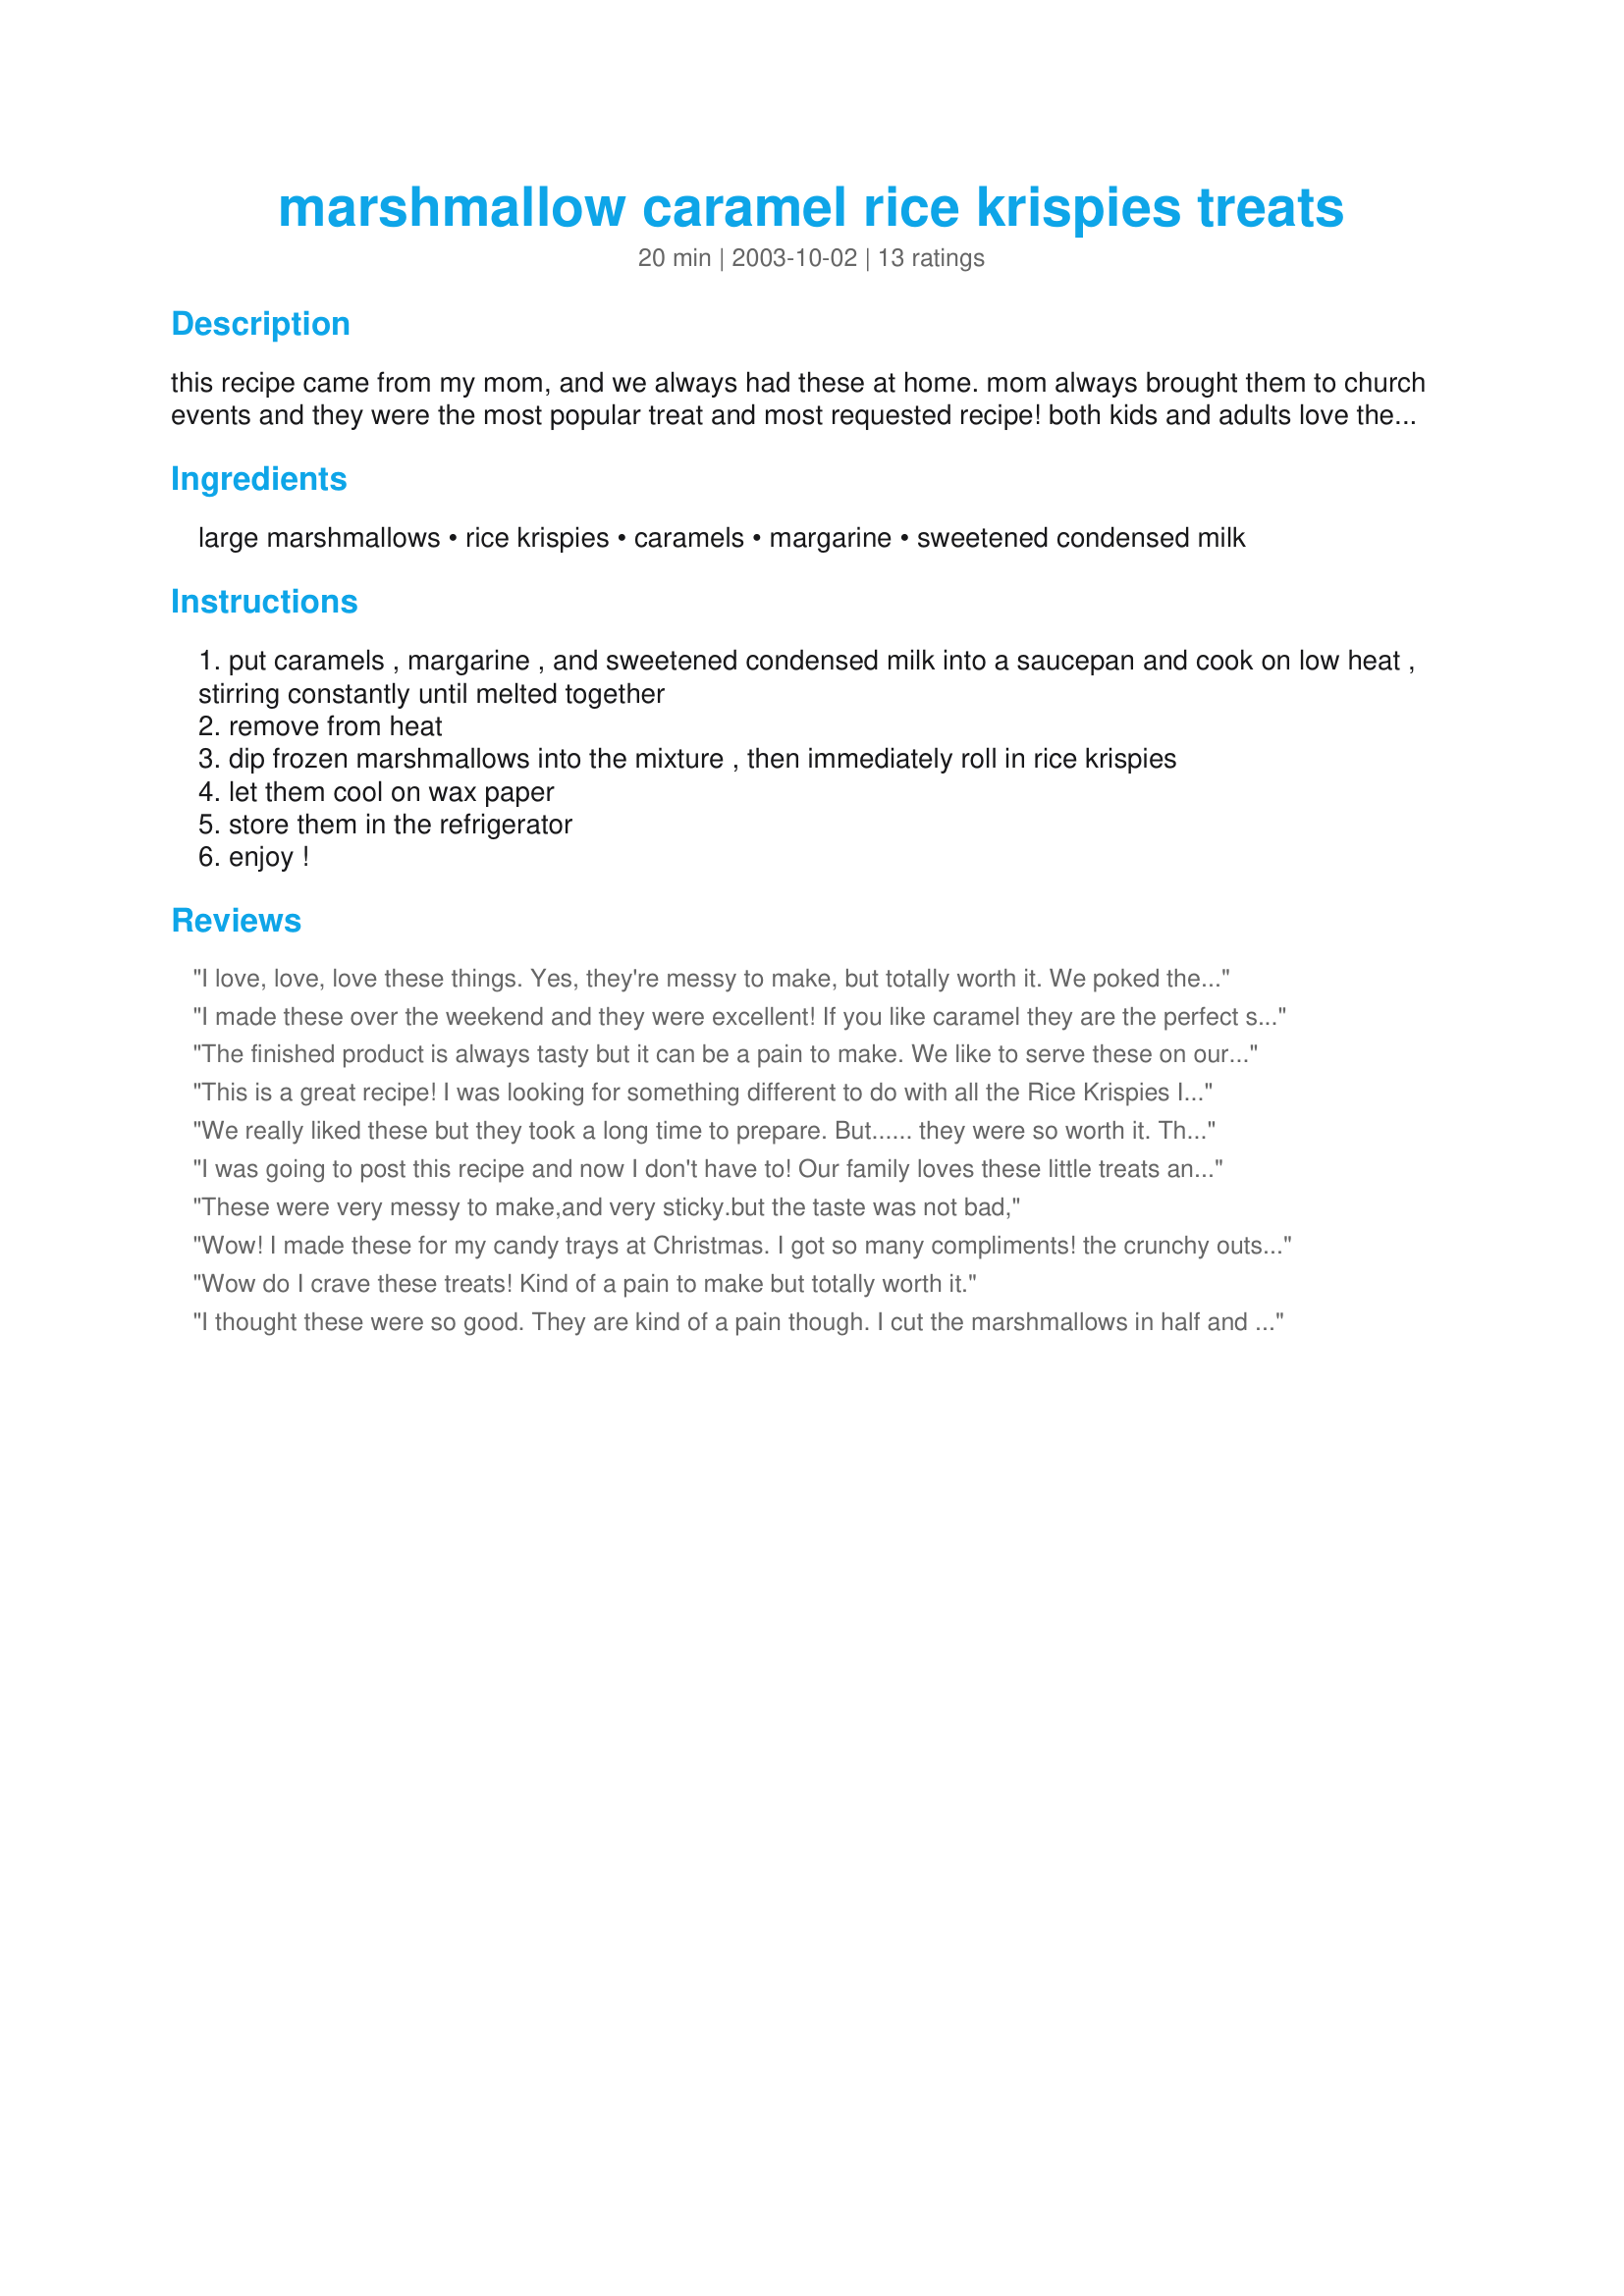
marshmallow caramel rice krispies treats
Preparation time: 20 minutes

this recipe came from my mom, and we always had these at home. mom always brought them to church events and they were the most popular treat and most requested recipe! both kids and adults love them! i'm not really sure how many this serves - how ever many marshmallows are in the bag!

Ingredients:
large marshmallows, rice krispies, caramels, margarine, sweetened condensed milk

Steps:
put caramels , margarine , and sweetened condensed milk into a saucepan and cook on low heat , stirring constantly until melted together
remove from heat
dip frozen marshmallows into the mixture , then immediately roll in rice krispies
let them cool on wax paper
store them in the refrigerator
enjoy !

Reviews:
I love, love, love these things. Yes, they're messy to make, but totally worth it. We poked the frozen marshmallows with skewers and then dipped them in the caramel and then the rice krispies. You could try spraying Pam on your hands to help with the mess. I didn't mind the mess, though. They are SO good!!
I made these over the weekend and they were excellent! If you like caramel they are the perfect snack. They were easy to make too, as long as you can stop eating the melted caramel to dip the marshmallows in!
The finished product is always tasty but it can be a pain to make. We like to serve these on our cookie trays around the holidays (but due to the 'stick factor' we don't give them as gifts).
This is a great recipe! I was looking for something different to do with all the Rice Krispies I had and decided to make these. My nieces and nephews loved them, and my room mate is begging me to make more. The only problem was that I ended up with a big bowl of cereal that had a lot of caramel sauce run-off in it. Next time I make these, I'll only use a couple of cups at a time and change it out when it gets clumpy. The clumpy cereal isn't a bad thing as it's fun to eat, but it seems to waste more cereal than necessary. Thanks for a great treat!
We really liked these but they took a long time to prepare. But...... they were so worth it. The combination of marshmallow and the caramel were out of this world. Add the crunch of the rice krispies and wow, instead delish. DD and I were talking and we want to add coconut to the krispies next time to try. Thank you for posting.
I was going to post this recipe and now I don't have to! Our family loves these little treats and they disappear very quickly. I normally make them using Mackintosh's Toffee instead of the caramels (this recipe would use 8 bars of toffee). They're definitely worth the mess and the sticky fingers!
These were very messy to make,and very sticky.but the taste was not bad,
Wow! I made these for my candy trays at Christmas. I got so many compliments! the crunchy outside and smooth marshmallow inside is sinful. Thanks for a great recipe!
Wow do I crave these treats! Kind of a pain to make but totally worth it.
I thought these were so good. They are kind of a pain though. I cut the marshmallows in half and used a skewer to dip them in the melted caramel. I used a knife to help push them off the skewer after rolling them in the rice krispies. This recipe makes a ton. Next time I'll just make half a batch.
I got this recipe from my Grandma. I absolutely LOVE these little treats. She taught me to cut the large marshmallows in half using wet scissors. It makes them more of a bite sized treat. I've never bothered to freeze the marshmallows before assembling. I think they are worth the effort. My kids and I have fun making these together and the extra hands make the assembly go faster! Thanks for posting!-HK
This was a twisy on Rice Krispy treats - kinda "inside out" but delicious - at least my daughters thought so. One trick; we speared the marshmallows with popsicle sticks/ sucker sticks and used that handle to dip, roll, and eat these treats without the "sticky factor"! We wrapped a few in plastic wrap, tied with a ribbon to give as favors for a party. Yummy!
My grandmother used to make these for us- they are great! The taste is worth the effort!
